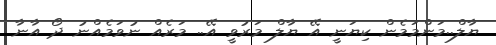
ޔާލް..މަންމަމެން ކިޔަނީ އޭ ޔާލް މަރުވީ އޭ.. މަރެއް ނުވަމެއްނު ދޯ އާނާ